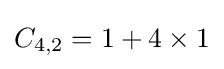
C_{4,2}=1+4\times 1